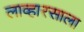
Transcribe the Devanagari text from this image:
लाव्हारसाला